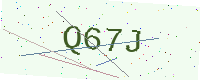
Text: Q67J